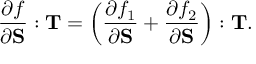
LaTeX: { \frac { \partial f } { \partial \mathbf { S } } } : \mathbf { T } = \left( { \frac { \partial f _ { 1 } } { \partial \mathbf { S } } } + { \frac { \partial f _ { 2 } } { \partial \mathbf { S } } } \right) : \mathbf { T } .